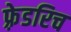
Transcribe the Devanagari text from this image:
फ़्रेडरिच